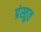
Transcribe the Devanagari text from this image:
प्रंस्तुत